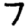
Digit: 7